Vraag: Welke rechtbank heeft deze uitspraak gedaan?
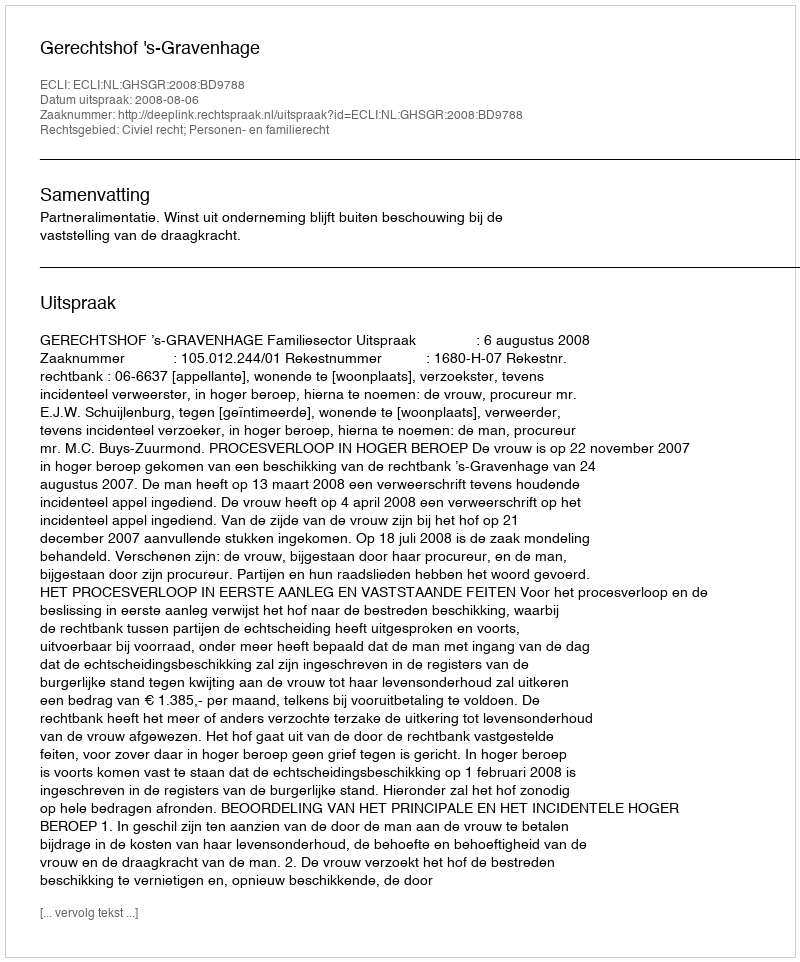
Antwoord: Gerechtshof 's-Gravenhage